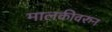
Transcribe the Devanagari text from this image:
मालकीवरुन